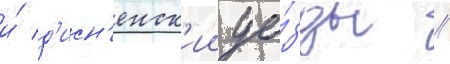
и́ д'исн'енск'ии уе́зды //